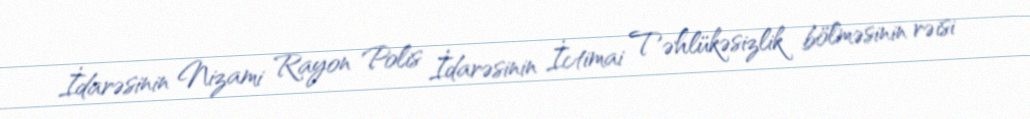
İdarəsinin Nizami Rayon Polis İdarəsinin İctimai Təhlükəsizlik bölməsinin rəisi